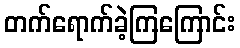
တက်ရောက်ခဲ့ကြကြောင်း